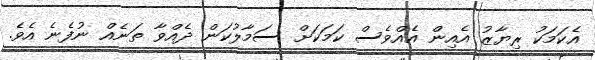
އެކަމަކު ރިޔާޒު އެއިން އެއްވެސް ކަމަކަށް ސަމާލުކަން ދެއްވާ ތަނެއް ނުފެނެ އެވެ.